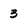
Character: 3